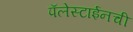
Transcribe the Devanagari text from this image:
पॅलेस्टाईनची